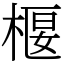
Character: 椻